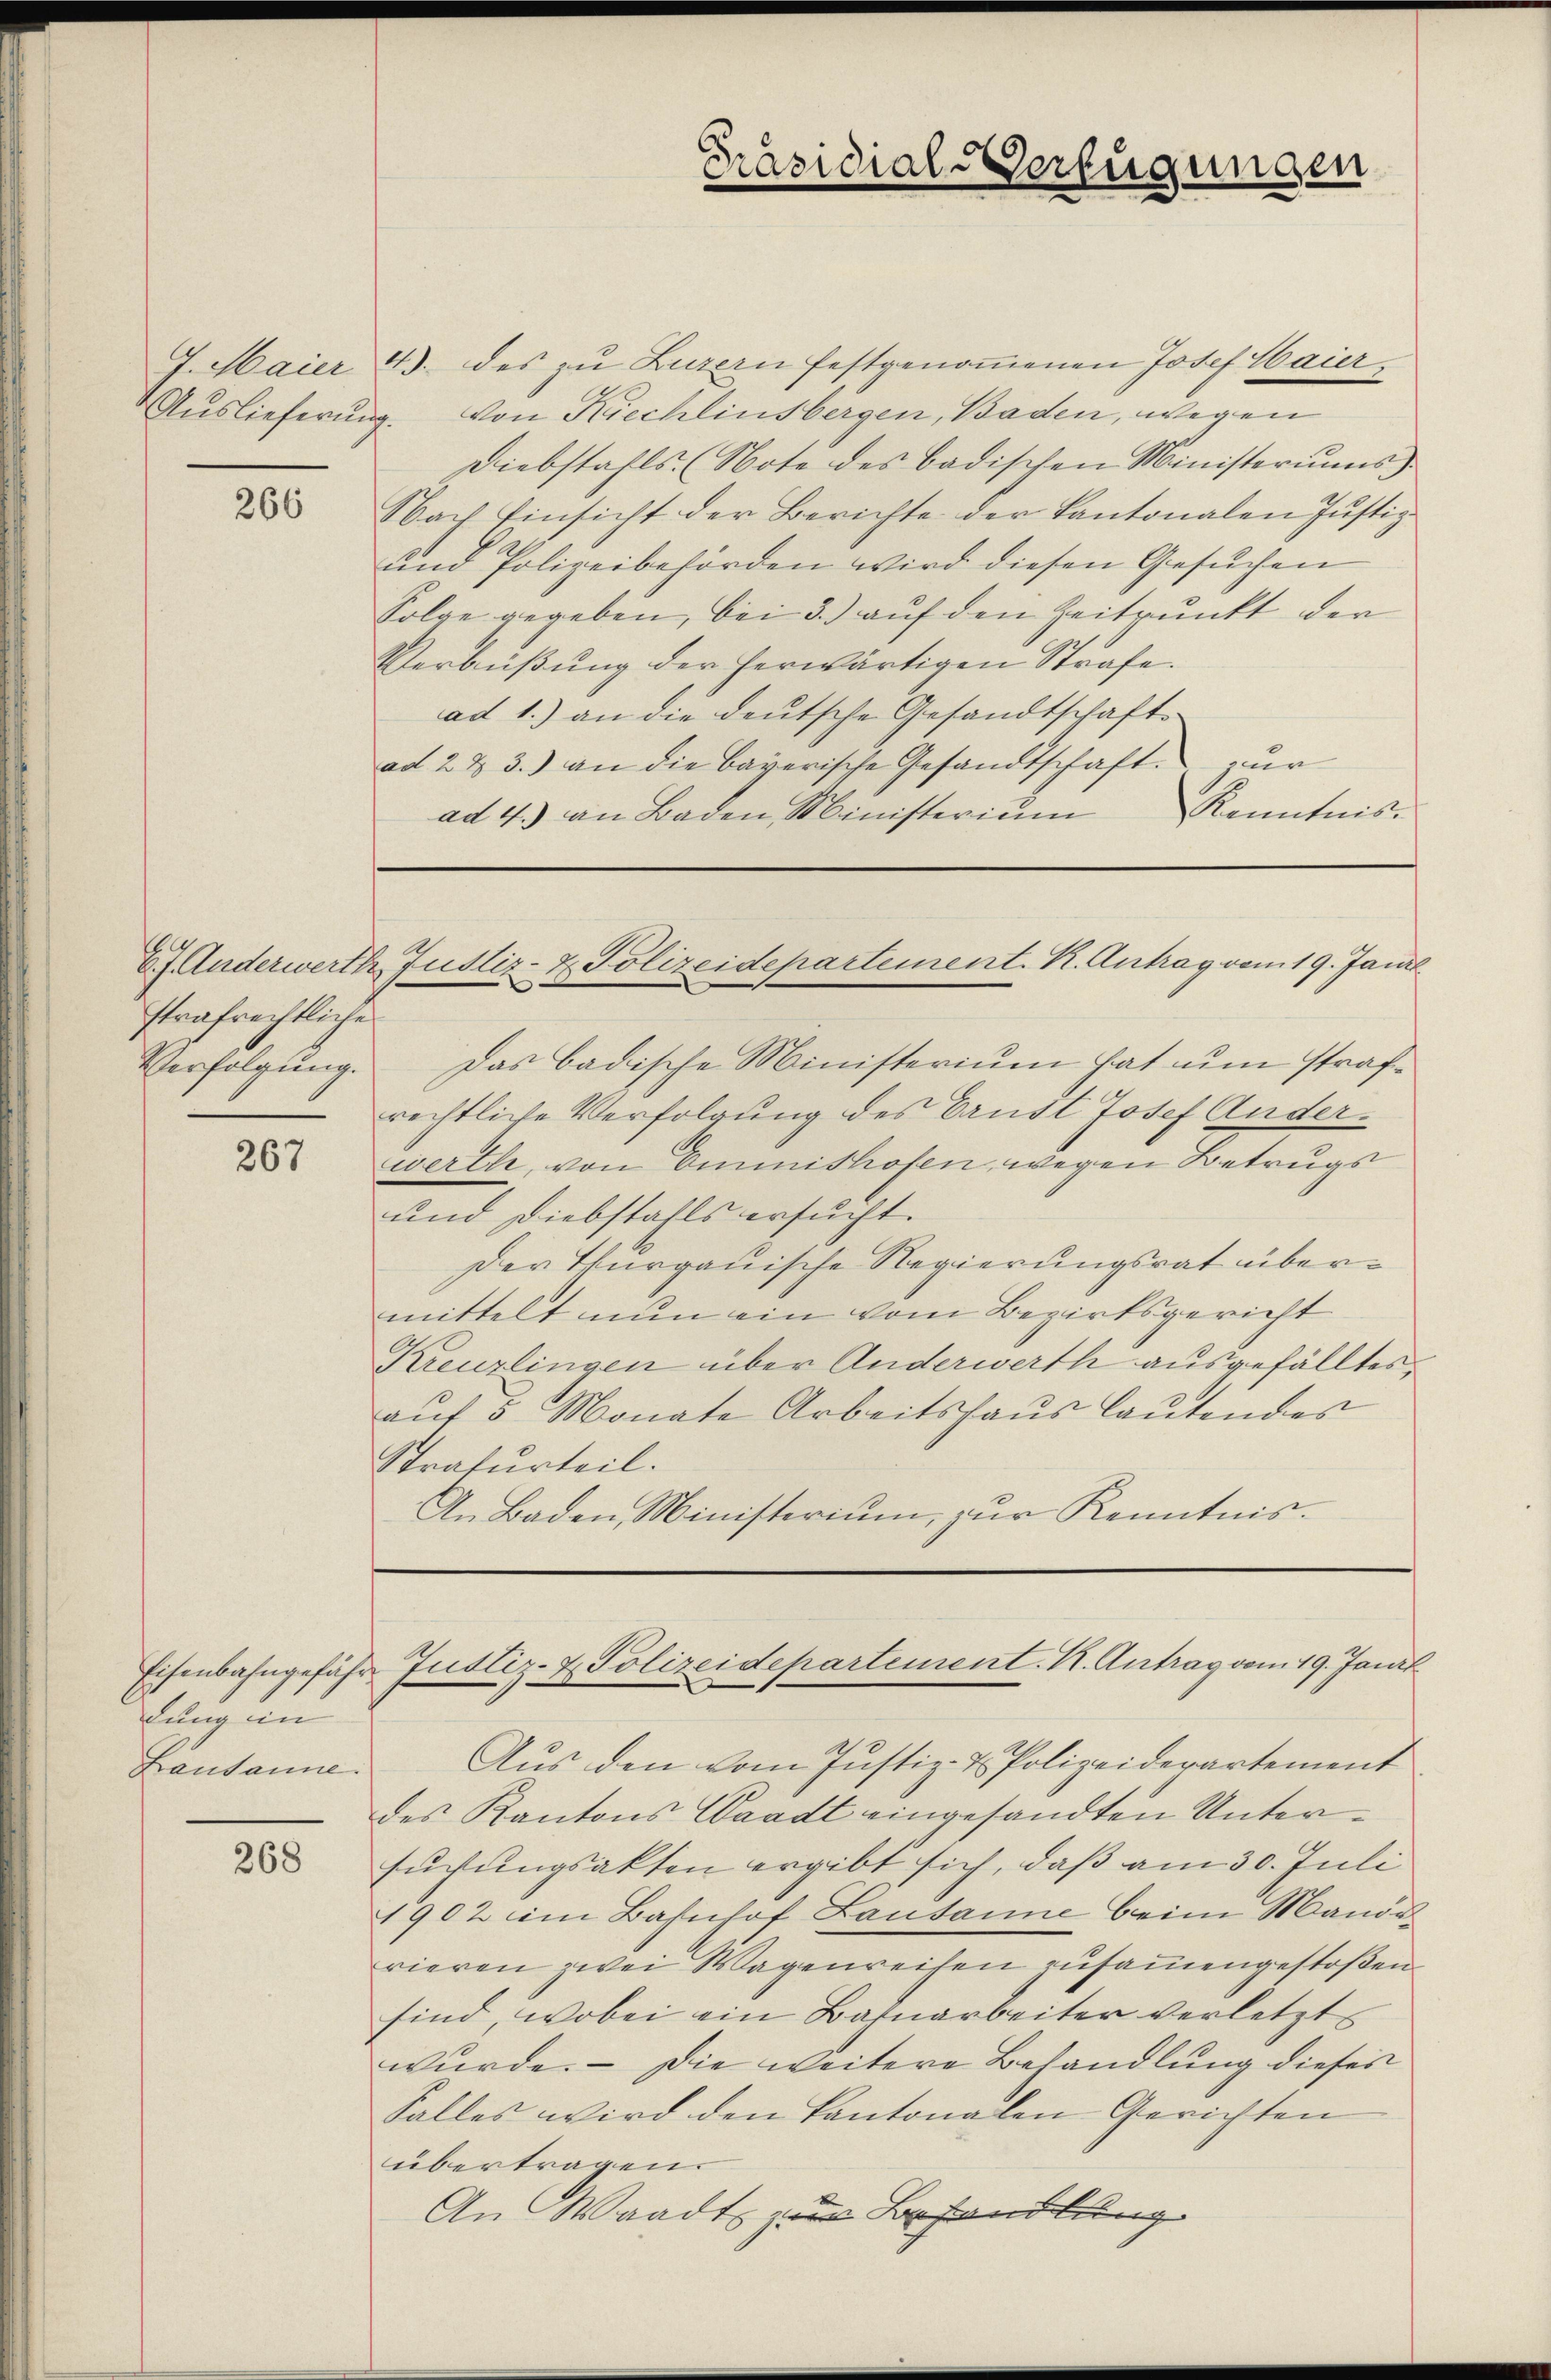
Auslieferung.

266

strafrechtliche
Verfolgung.

267

dung in
Lausanne.

268

7. Maier 4. des zu Luzern festgenoṁenen Josef Haiervon Kiechlinsbergen, Baden, wegen
Diebstahls (Note des badischen Ministeriums
Nach Einsicht der Berichte der Kantonalen Justiz-
und Polizeibehörden wird diesen Gesuchen
Folge gegeben, bei 3.) auf den Zeitpunkt der
Verbüßung der herwärtigen Strafe.
ad 1.) an die deutsche Gesandtschaft
ad 2 & 3.) an die bayerische Gesandtschaft zur
ad 4.) an Baden Ministerium Kenntnis.

Das badische Ministerium hat um strafrechtliche Verfolgung des Brust Josef Anderwerthe, von Emmnishofen, wegen Betrugs
und Diebstalls ersucht.
Der Thurgauische Regierungsrat übermittelt nun ein vom Bezirksgericht
Kreuzlingen über Anderwerth ausgefälltes
auf 5 Monate Arbeitshaus lautendes
Strafurteil.
An Baden, Ministerium, zur Kenntnis.

Präsidial-Verfügungen

27. Anderwerth Justiz- & Polizeidepartement. K. Antrag vom 19. Jani

Eisenbahngefähr Justiz- & Polizeidepartement. K. Antrag vom 19. Janit

Aus den vom Justiz- & Polizeiderartement
des Kantons Waadt eingesandten Untersuchungsakten ergibt sich, daß am 30. Juli
1902 im Bahnhof Lausanne beim Manderieren zwei Wagenreihen zusammengestoßen
sind, wobei ein Bahnarbeiter verletzt
wurde. — Die weitere Behandlung dieses
Falles wird den Kantonalen Gerichten
übertragen.
An Waadt zur Behandlung